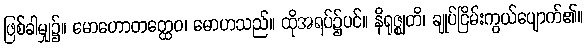
ဖြစ်ခါမျှ၌။ မောဟောတတ္ထေဝ၊ မောဟသည်။ ထိုအရပ်၌ပင်။ နိရုဇ္ဈတိ၊ ချုပ်ငြိမ်းကွယ်ပျောက်၏။